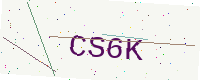
Text: CS6K